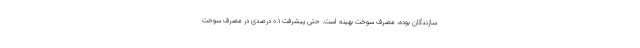
سازندگان بوده، مصرف سوخت بهینه است. حتی پیشرفت 0.1 درصدی در مصرف سوخت